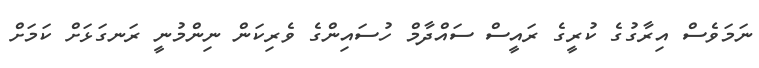
ނަމަވެސް އިރާގުގެ ކުރީގެ ރައީސް ސައްދާމް ހުސައިންގެ ވެރިކަން ނިންމުނީ ރަނގަޅަށް ކަމަށް